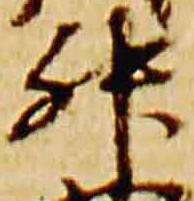
升